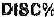
DISC%